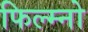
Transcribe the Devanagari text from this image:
फिल्म्नो